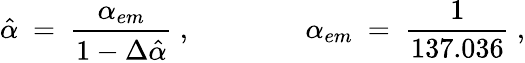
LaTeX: \hat{\alpha}\ =\ {\frac{\alpha_{em}}{1-\Delta\hat{\alpha}}}\ ,\qquad\qquad\alpha_{em}\ =\ {\frac{1}{137.036}}\ ,